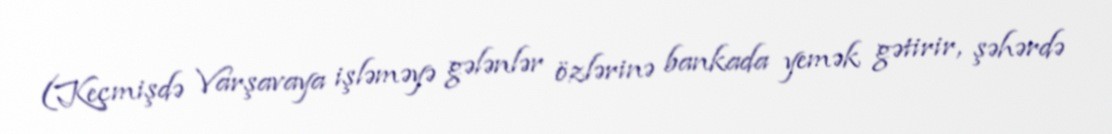
(Keçmişdə Varşavaya işləməyə gələnlər özlərinə bankada yemək gətirir, şəhərdə